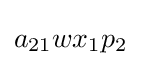
a_{21}wx_{1}p_{2}